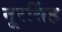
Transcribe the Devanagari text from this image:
नूरसिंह